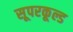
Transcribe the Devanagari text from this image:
सूपरकूल्ड